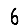
Digit: 6